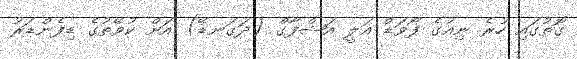
ގޮތުގައި ހުރެ ނިއުގެ ފޯވަޑް އަލީ އަޝްފާގް (ދަގަނޑޭ) އަށް ކުވޭތުގެ ޑިފެންޑަރު